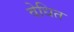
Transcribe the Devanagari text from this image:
वेधित